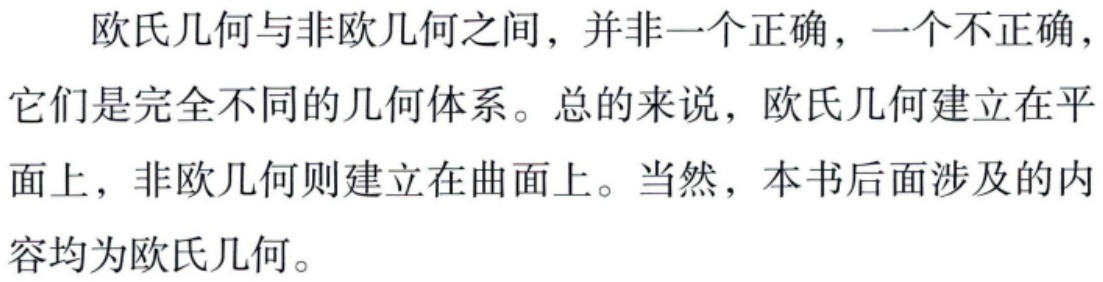
欧氏几何与非欧几何之间，并非一个正确，一个不正确，它们是完全不同的几何体系。总的来说，欧氏几何建立在平面上，非欧几何则建立在曲面上。当然，本书后面涉及的内容均为欧氏几何。